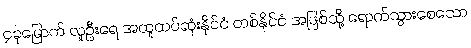
၄ခုမြောက် လူဦးရေ အထူထပ်ဆုံးနိုင်ငံ တစ်နိုင်ငံ အဖြစ်သို့ ရောက်သွားစေသော